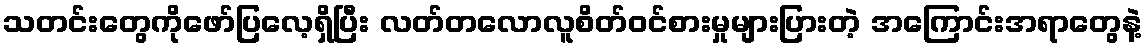
သတင်းတွေကိုဖော်ပြလေ့ရှိပြီး လတ်တလောလူစိတ်ဝင်စားမှုများပြားတဲ့ အကြောင်းအရာတွေနဲ့